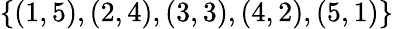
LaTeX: \{ (1,5),(2,4),(3,3),(4,2),(5,1)\}